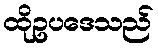
ထိုဥပဒေသည်